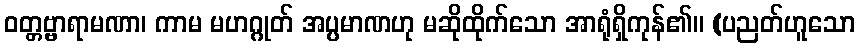
ဝတ္တဗ္ဗာရာမဏာ၊ ကာမ မဟဂ္ဂုတ် အပ္ပမာဏဟု မဆိုထိုက်သော အာရုံရှိကုန်၏။ (ပညတ်ဟူသော